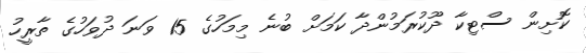
ކޮށިން ސްޓިކާ ދޫކުރަމުންދާ ކަމަށް ބުނެ މިމަހުގެ 15 ވަނަ ދުވަހުގެ ތާރީހު